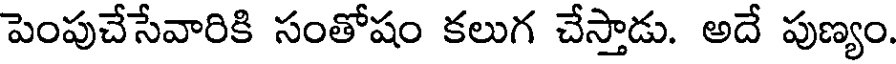
పెంపుచేసేవారికి సంతోషం కలుగ చేస్తాడు. అదే పుణ్యం.